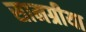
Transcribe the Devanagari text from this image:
सामग्रीया